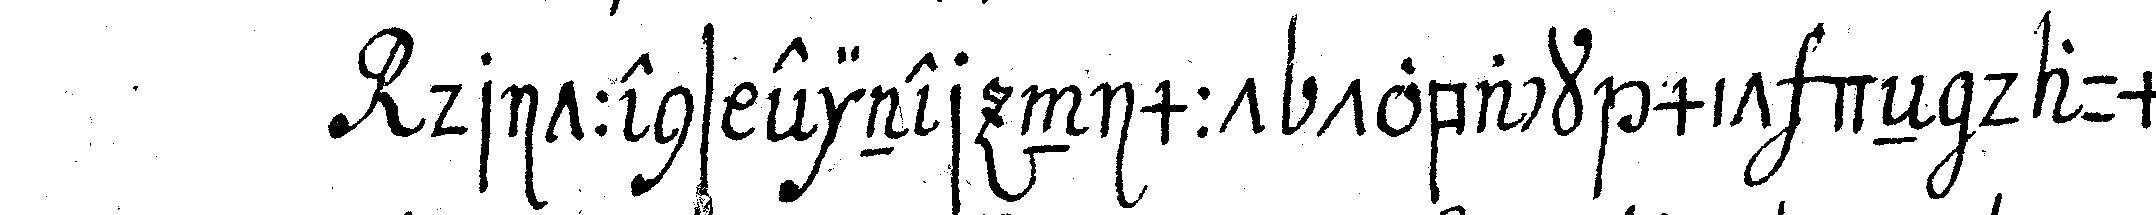
drittens einer nimmt toback mit deN daumeN